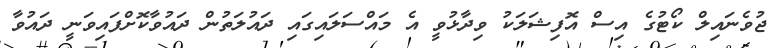
ޖުވެނައިލް ކޯޓުގެ އިސް އޮފިޝަލަކު ވިދާޅުވީ އެ މައްސަލައިގައި ދައުލަތުން ދައުވާކޮށްފައިވަނީ ދައުވާ